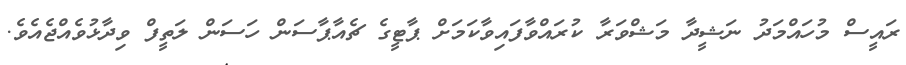
ރައީސް މުހައްމަދު ނަޝީދާ މަޝްވަރާ ކުރައްވާފައިވާކަމަށް ޕާޓީގެ ޗެއާޕާސަން ހަސަން ލަތީފް ވިދާޅުވެއްޖެއެވެ.